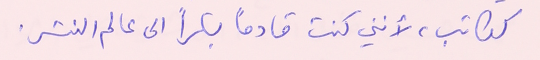
ككاتب، لأنني كنت قادماً بكراً على عالم النشر.